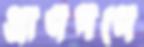
প্রাণপণে